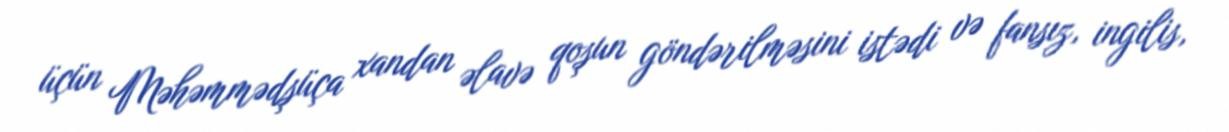
üçün Məhəmmədşüça xandan əlavə qoşun göndərilməsini istədi və fansız, ingilis,